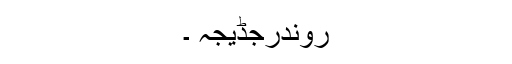
روندرجڈیجہ ۔